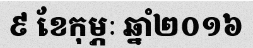
៩ ខែកុម្ភៈ ឆ្នាំ២០១៦